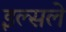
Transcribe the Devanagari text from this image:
इल्सले